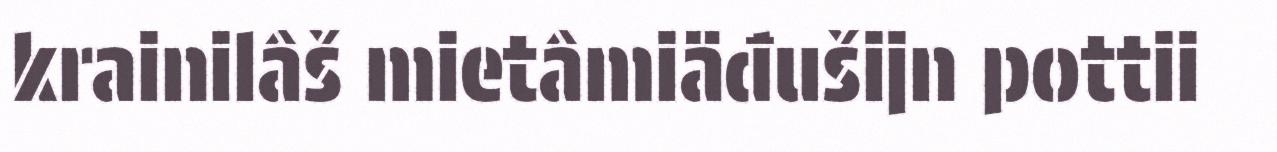
krainilâš mietâmiäđušijn pottii